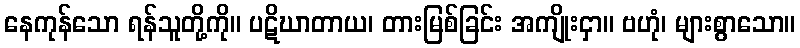
နေကုန်သော ရန်သူတို့ကို။ ပဋိဃာတာယ၊ တားမြစ်ခြင်း အကျိုးငှာ။ ဗဟုံ၊ များစွာသော။